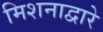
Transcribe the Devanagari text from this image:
मिशनाद्वारे